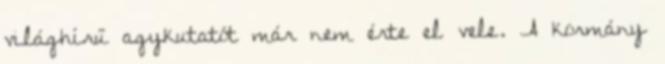
világhírű agykutatót már nem érte el vele. A kormány